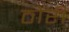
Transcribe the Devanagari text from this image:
ठोरी